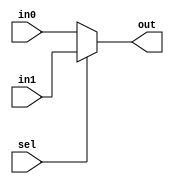
module mux_32bit (in0, in1, sel, out);

input  [31:0] in0;
input  [31:0] in1;
input         sel;
output [31:0] out; 

assign out = (sel == 1'b0) ? in0 : in1;

endmodule